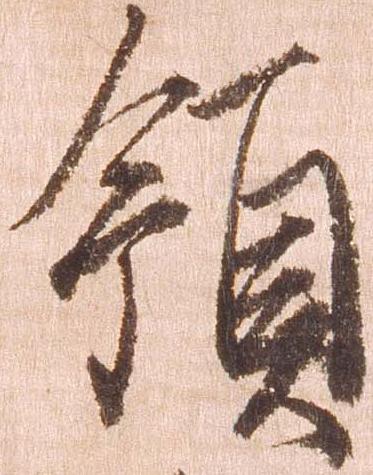
領